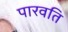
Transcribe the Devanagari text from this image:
पारवति